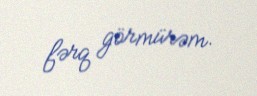
fərq görmürəm.